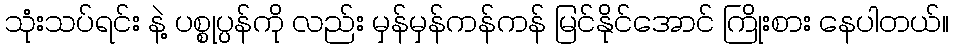
သုံးသပ်ရင်း နဲ့ ပစ္စုပ္ပန်ကို လည်း မှန်မှန်ကန်ကန် မြင်နိုင်အောင် ကြိုးစား နေပါတယ်။